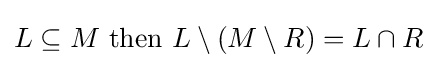
L\subseteq M{\text{ then }}L\setminus (M\setminus R)=L\cap R